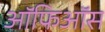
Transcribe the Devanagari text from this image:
ऑफिऑस